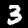
Digit: 3